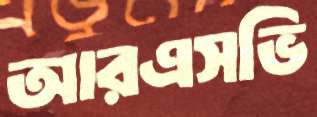
আরএসভি